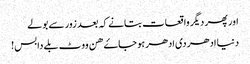
اور پھر دیگر واقعات بتانے کہ بعد زور سے بولے
دنیا ادھر دی ادھر ہو جاۓ ھن ووٹ بلے دا بس!